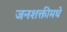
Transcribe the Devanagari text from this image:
जनशक्तीमधे